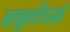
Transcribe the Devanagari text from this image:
बाबुलीधर्म